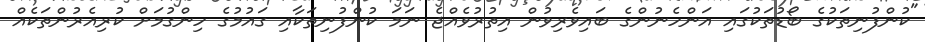
"ކުންފުނިތަކުގެ ބޯޑުތަކުގައި އަންހެނުންގެ ބައިވެރިވުން އިތުރުވެއްޖެ ނަމަ ކުންފުނިތަކާއި ގައުމުގެ ހިންގުމަށް ކުރިއެރުންތަކެއް